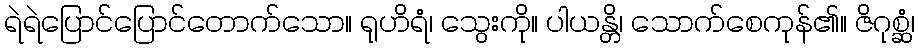
ရဲရဲပြောင်ပြောင်တောက်သော။ ရုဟိရံ၊ သွေးကို။ ပါယန္တိ၊ သောက်စေကုန်၏။ ဇိဂုစ္ဆံ၊